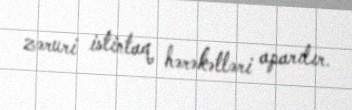
zəruri istintaq hərəkətləri aparılır.